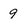
Character: 9